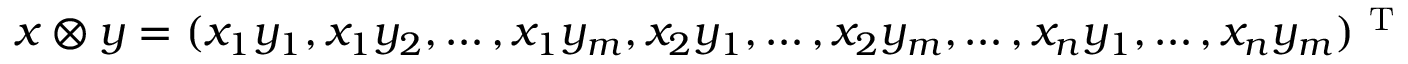
x \otimes y = ( x _ { 1 } y _ { 1 } , x _ { 1 } y _ { 2 } , \ldots , x _ { 1 } y _ { m } , x _ { 2 } y _ { 1 } , \ldots , x _ { 2 } y _ { m } , \ldots , x _ { n } y _ { 1 } , \ldots , x _ { n } y _ { m } ) ^ { \mathrm { ~ T ~ } }